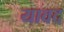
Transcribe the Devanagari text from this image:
यावद